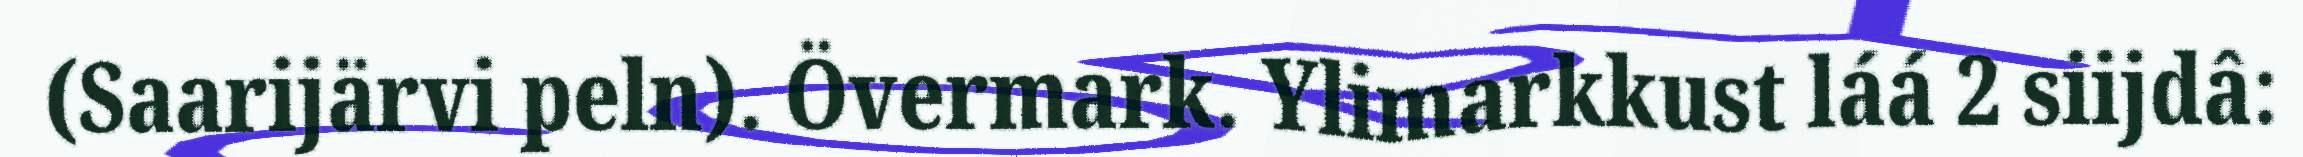
(Saarijärvi peln). Övermark. Ylimarkkust láá 2 siijdâ: